Causation and prevention of malarial fevers: a statement of the results of researches drawn up for the use of assistant surgeons, hospital assistants and students
Disease focus: Malaria
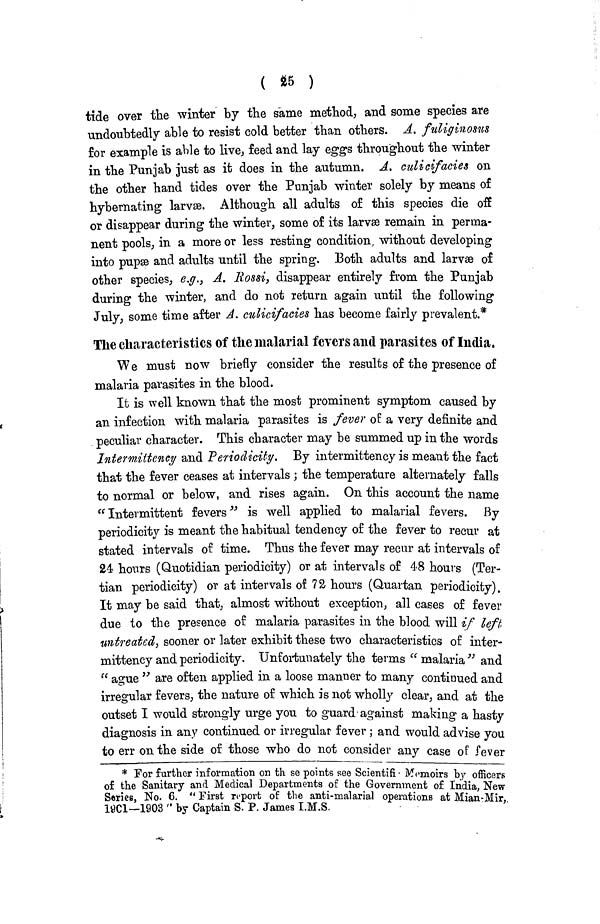
( 25 )
tide over the winter by the same method, and some species are
undoubtedly able to resist cold better than others. A. fuliginosus
for example is able to live, feed and lay eggs throughout the winter
in the Punjab just as it does in the autumn. A. culicifacies on
the other hand tides over the Punjab winter solely by means of
hybernating larvæ. Although all adults of this species die off
or disappear during the winter, some of its larvæ remain in perma-
nent pools, in a more or less resting condition, without developing
into pupæ and adults until the spring. Both adults and larvæ of
other species, e.g., A. Rossi, disappear entirely from the Punjab
during the winter, and do not return again until the following
July, some time after A. culicifacies has become fairly prevalent.*
The characteristics of the malarial fevers and parasites of India,
We must now briefly consider the results of the presence of
malaria parasites in the blood.
It is well known that the most prominent symptom caused by
an infection with malaria parasites is fever of a very definite and
peculiar character. This character may be summed up in the words
Intermittency and Periodicity. By intermittency is meant the fact
that the fever ceases at intervals; the temperature alternately falls
to normal or below, and rises again. On this account the name
"Intermittent fevers" is well applied to malarial fevers. By
periodicity is meant the habitual tendency of the fever to recur at
stated intervals of time. Thus the fever may recur at intervals of
24 hours (Quotidian periodicity) or at intervals of 48 hours (Ter-
tian periodicity) or at intervals of 72 hours (Quartan periodicity)
It may be said that, almost without exception, all cases of fever
due to the presence of malaria parasites in the blood will if left
untreated, sooner or later exhibit these two characteristics of inter-
mittency and periodicity. Unfortunately the terms "malaria" and
"ague" are often applied in a loose manner to many continued and
irregular fevers, the nature of which is not wholly clear, and at the
outset I would strongly urge you to guard against making a hasty
diagnosis in any continued or irregular fever; and would advise you
to err on the side of those who do not consider any case of fever
* For further information on th se points see Scientifi Memoirs by officers
of the Sanitary and Medical Departments of the Government of India New
Series, No. 6. "First report of the anti-malarial operations at Mian-Mir,
1901-1903" by Captain S. P. James I.M.S.